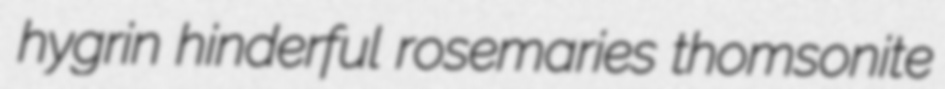
hygrin hinderful rosemaries thomsonite